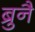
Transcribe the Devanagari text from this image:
ब्रुनै